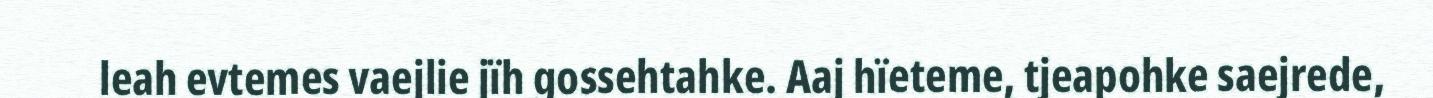
leah evtemes vaejlie jïh gossehtahke. Aaj hïeteme, tjeapohke saejrede,